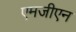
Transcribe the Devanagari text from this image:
एमजीएन